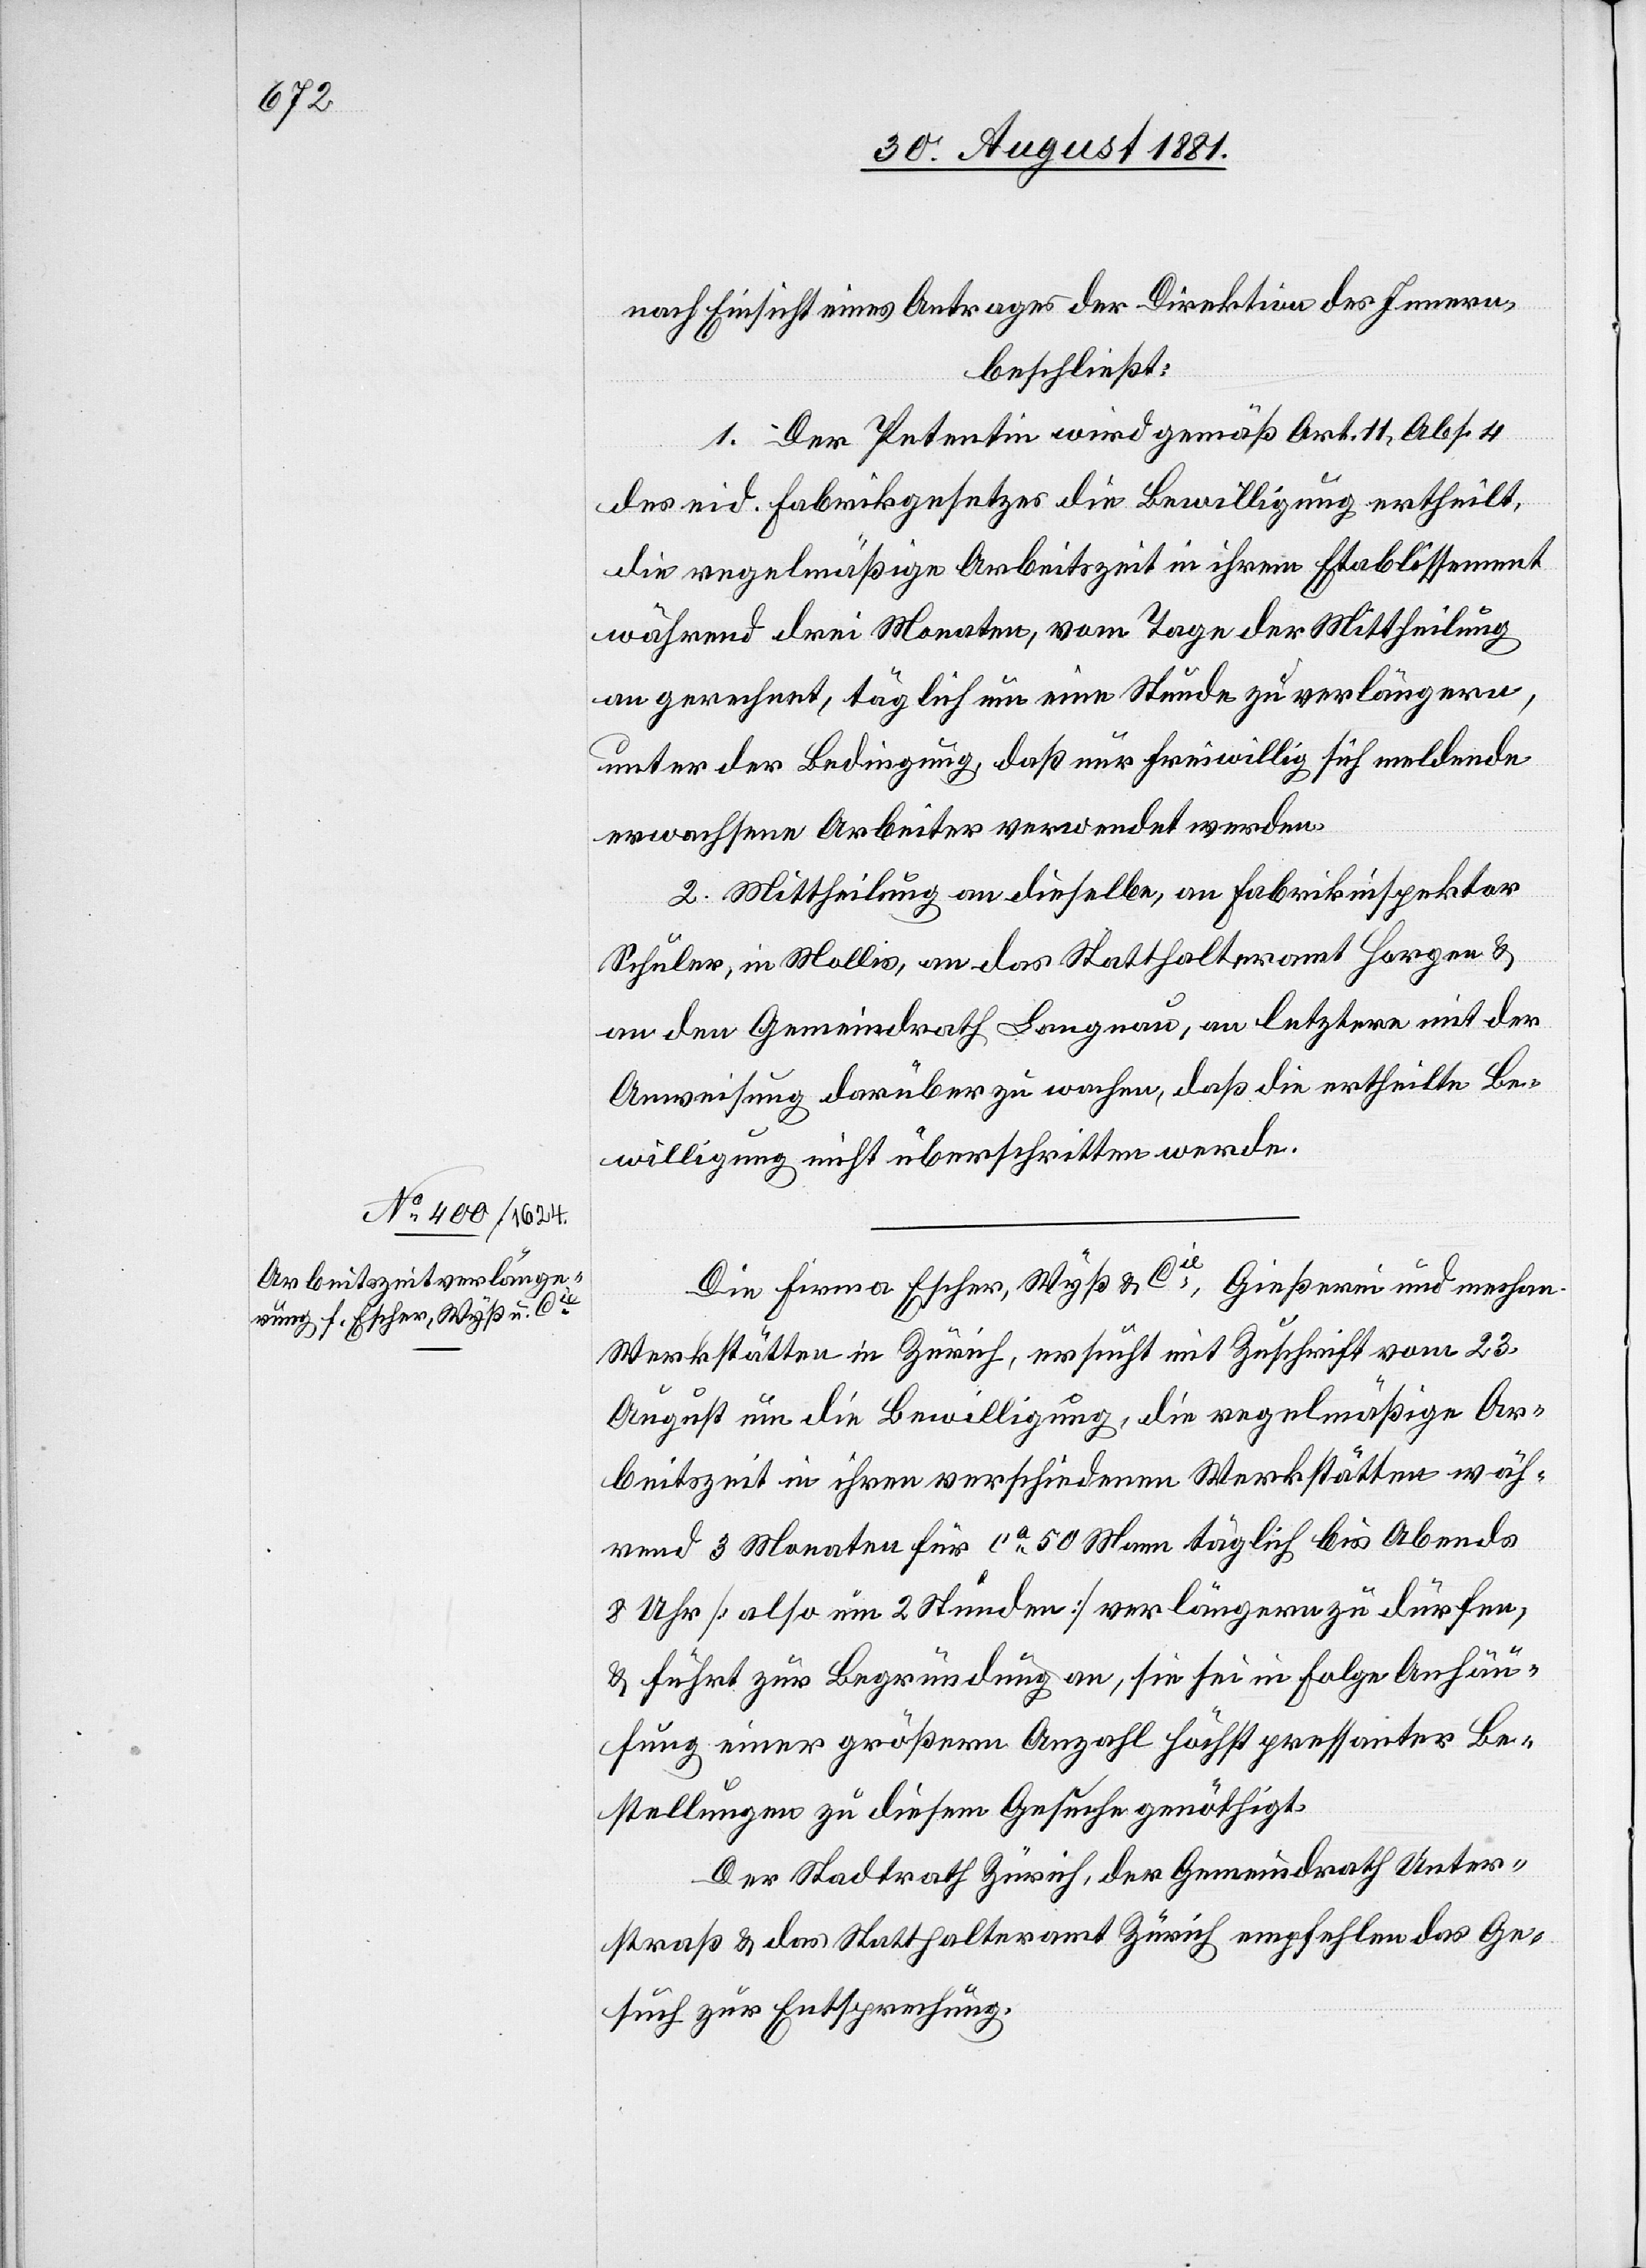
31. August 1881]
nach Einsicht eines Antrages der Direktion des Innern,
beschließt:
1. Der Petentin wird gemäß Art. 11, Abs. 4
des eid. Fabrikgesetzes die Bewilligung ertheilt,
die regelmäßige Arbeitszeit in ihrem Etablissement
während drei Monaten, vom Tage der Mittheilung
an gerechnet, täglich um eine Stunde zu verlängern,
unter der Bedingung, daß nur freiwillig sich meldende
erwachsene Arbeiter verwendet werden.
2. Mittheilung an dieselbe, an Fabrikinspektor
Schuler, in Mollis, an das Statthalteramt Horgen &
an den Gemeindrath Langnau, an letztere mit der
Ausweisung darüber zu wachen, daß die ertheilte Be¬
willigung nicht überschritten werde.
Die Firma Escher, Wyß & Cie, Gießerei und mechan.
Werkstätte in Zürich, ersucht mit Zuschrift vom 23.
August um die Bewilligung, die regelmäßiger Ar¬
beitszeit in ihren verschiedenen Werkstätten wäh¬
rend 3 Monaten für ca 50 Mann täglich bis Abends
8 Uhr [also um 2 Stunden] verlängern zu dürfen,
& führt zur Begründung an, sie sei in Folge Anhäu¬
fung einer größern Anzahl höchst pressanter Be¬
stellungen zu diesem Gesuche genöthigt.
Der Stadtrath Zürich, der Gemeindrath Unter¬
straß & das Statthalteramt Zürich empfehlen das Ge¬
such zur Entsprechung.